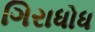
ગિરાધોધ